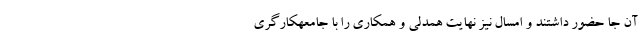
آن جا حضور داشتند و امسال نیز نهایت همدلی و همکاری را با جامعهکارگری